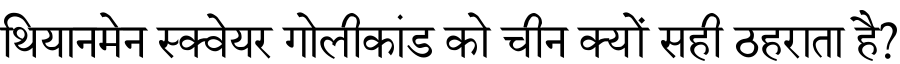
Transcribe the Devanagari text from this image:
थियानमेन स्क्वेयर गोलीकांड को चीन क्यों सही ठहराता है?